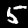
Digit: 5